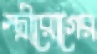
স্ত্রীরোগের